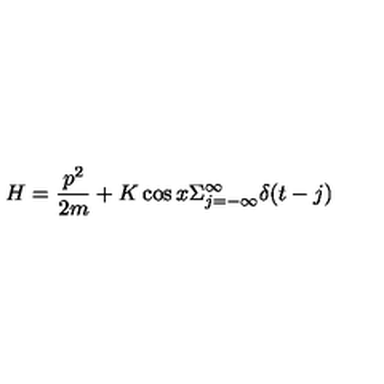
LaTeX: H = \frac { p ^ { 2 } } { 2 m } + K \cos x \Sigma _ { j = - \infty } ^ { \infty } \delta ( t - j )